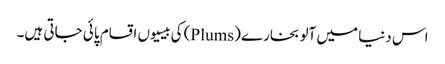
اس دنیا میں آلو بخارے (Plums) کی بیسیوں اقسام پائی جاتی ہیں۔